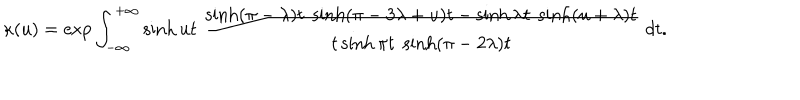
LaTeX: \kappa ( u ) = \exp \int _ { - \infty } ^ { + \infty } \sinh u t \; \frac { \sinh ( \pi - \lambda ) t \; \sinh ( \pi - 3 \lambda + u ) t - \sinh \lambda t \; \sinh ( u + \lambda ) t } { t \sinh \pi t \; \sinh ( \pi - 2 \lambda ) t } \; d t .